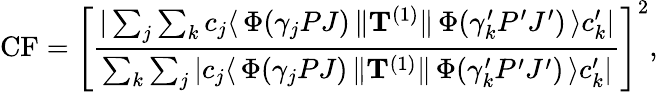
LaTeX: \mathrm{CF}=\left[\frac{|\sum_{j}\sum_{k}c_{j}\langle\, \Phi(\gamma_{j}PJ)\, \| {\mathbf T}^{(1)}\| \, \Phi(\gamma_{k}^{\prime}P^{\prime}J^{\prime})\, \rangle c_{k}^{\prime}|}{\sum_{k}\sum_{j}|c_{j}\langle\, \Phi(\gamma_{j}PJ)\, \| {\mathbf T}^{(1)}\| \, \Phi(\gamma_{k}^{\prime}P^{\prime}J^{\prime})\, \rangle c_{k}^{\prime}|}\right]^{2},